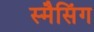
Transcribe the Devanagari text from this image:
स्मैसिंग